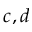
c , d